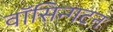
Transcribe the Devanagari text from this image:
वॉसिन्गटन